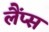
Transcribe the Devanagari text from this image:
लैंप्स